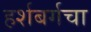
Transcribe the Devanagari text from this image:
हर्शबर्गचा